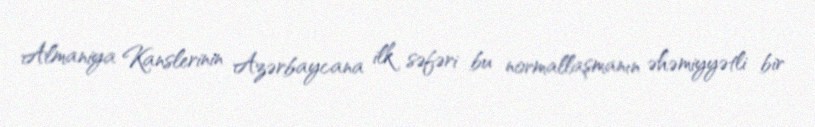
Almaniya Kanslerinin Azərbaycana ilk səfəri bu normallaşmanın əhəmiyyətli bir